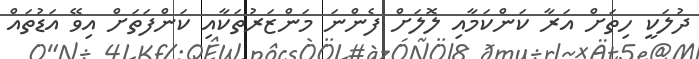
ދުލަކީ ހިތަށް އަރާ ކަންކަމާއި ލޮލަށް ފެންނަ މަންޒަރުތަކާއި ކަންފަތަށް އިވޭ އަޑުތައް